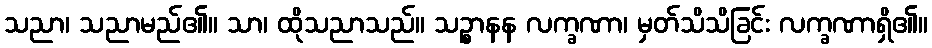
သညာ၊ သညာမည်၏။ သာ၊ ထိုသညာသည်။ သဉ္စာနန လက္ခဏာ၊ မှတ်သိသိခြင်း လက္ခဏာရှိ၏။